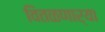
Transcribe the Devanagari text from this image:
वितळणार्‍या